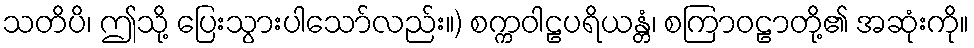
သတိပိ၊ ဤသို့ ပြေးသွားပါသော်လည်း။) စက္ကဝါဠပရိယန္တံ၊ စကြာဝဠာတို့၏ အဆုံးကို။